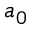
a _ { 0 }